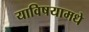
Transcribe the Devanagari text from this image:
याविषयामधे